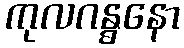
ကုလဂန္ဓနော